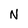
Character: N